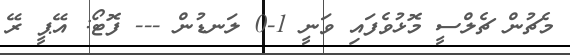
މެޗުން ޗެލްސީ މޮޅުވެފައި ވަނީ 1-0 ލަނޑުން --- ފޮޓޯ: އޭޕީ ރޭ